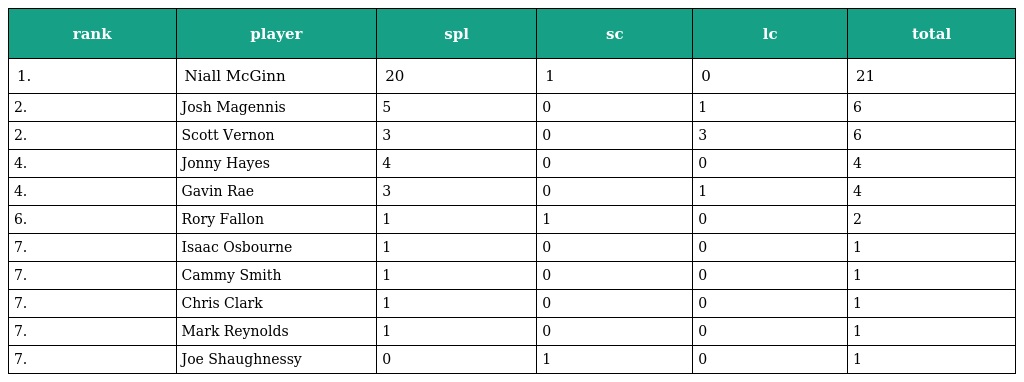
| rank | player | spl | sc | lc | total |
 | --- | --- | --- | --- | --- | --- |
 | 1. | Niall McGinn | 20 | 1 | 0 | 21 |
 | 2. | Josh Magennis | 5 | 0 | 1 | 6 |
 | 2. | Scott Vernon | 3 | 0 | 3 | 6 |
 | 4. | Jonny Hayes | 4 | 0 | 0 | 4 |
 | 4. | Gavin Rae | 3 | 0 | 1 | 4 |
 | 6. | Rory Fallon | 1 | 1 | 0 | 2 |
 | 7. | Isaac Osbourne | 1 | 0 | 0 | 1 |
 | 7. | Cammy Smith | 1 | 0 | 0 | 1 |
 | 7. | Chris Clark | 1 | 0 | 0 | 1 |
 | 7. | Mark Reynolds | 1 | 0 | 0 | 1 |
 | 7. | Joe Shaughnessy | 0 | 1 | 0 | 1 |